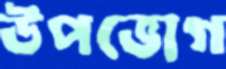
উপভোগ